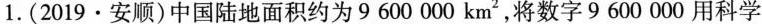
1.(2019·安顺)中国陆地面积约为9600000km2，将数字9600000用科学